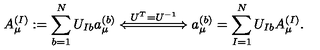
A _ { \mu } ^ { ( I ) } : = \sum _ { b = 1 } ^ { N } U _ { I b } a _ { \mu } ^ { ( b ) } \stackrel { U ^ { T } = U ^ { - 1 } } { \Longleftarrow \! \! = \! \! = \! \! = \! \! = \! \! = \! \! \! \Longrightarrow } a _ { \mu } ^ { ( b ) } = \sum _ { I = 1 } ^ { N } U _ { I b } A _ { \mu } ^ { ( I ) } .